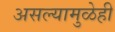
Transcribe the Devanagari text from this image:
असल्यामुळेही